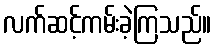
လက်ဆင့်ကမ်းခဲ့ကြသည်။